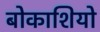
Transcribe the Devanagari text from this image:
बोकाशियो